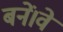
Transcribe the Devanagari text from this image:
बनें।वे